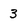
Character: 3